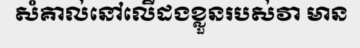
សំគាល់នៅលើដងខ្លួនរបស់វា មាន